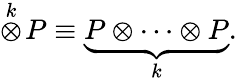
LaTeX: \stackrel{k}{\otimes}\! P\equiv\underbrace{P\otimes\cdots\otimes P}_{k}.